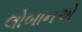
લોબાનએ